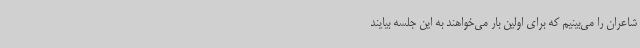
شاعران را می‌بینیم که برای اولین بار می‌خواهند به این جلسه بیایند